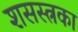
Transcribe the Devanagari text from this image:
शसस्त्रका